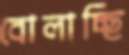
বোলাচ্ছি